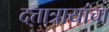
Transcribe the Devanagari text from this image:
दत्तात्रायांचा